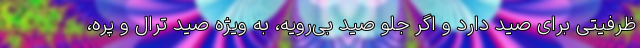
ظرفیتی برای صید دارد و اگر جلو صید بی‌رویه، به ویژه صید ترال و پره،